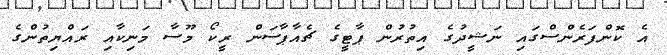
އެ ކޮންފަރެންސްގައި ނަޝީދުގެ އިތުރުން ޕާޓީގެ ޗެއާޕާސަން ރީކޯ މޫސާ މަނިކާއި ރައްޔިތުންގެ